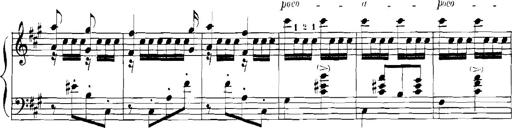
Title: Rhapsodies hongroises
Composer: Franz Liszt